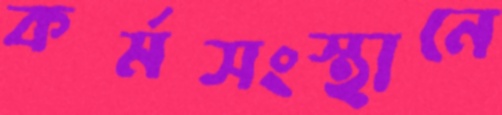
কর্মসংস্থানে